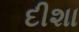
દીશા